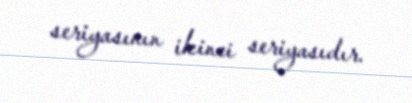
seriyasının ikinci seriyasıdır.